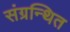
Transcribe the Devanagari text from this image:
संग्रन्थित